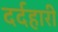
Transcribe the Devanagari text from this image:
दर्दहारी